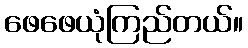
ဖေဖေယုံကြည်တယ်။